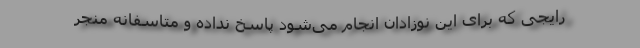
رایجی که برای این نوزادان انجام می‌شود پاسخ نداده و متاسفانه منجر